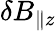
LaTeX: \delta B_{\parallel z}